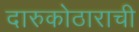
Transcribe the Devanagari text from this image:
दारुकोठाराची